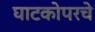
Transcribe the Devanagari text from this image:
घाटकोपरचे